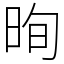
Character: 㫬